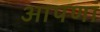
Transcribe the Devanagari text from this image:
आपणां